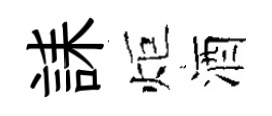
誄炬酒